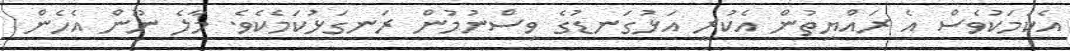
އެކަމަކުވެސް އެ ރައްޔިތުން އެކުރީ އަޅުގަނޑުގެ ވިސްނުމުން ރަނގަޅުކަމެކެވެ. މާލެ ނޫން އެހެން